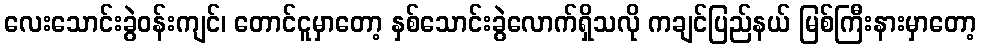
လေးသောင်းခွဲဝန်းကျင်၊ တောင်ငူမှာတော့ နှစ်သောင်းခွဲလောက်ရှိသလို ကချင်ပြည်နယ် မြစ်ကြီးနားမှာတော့